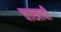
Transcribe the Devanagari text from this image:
चाखावी